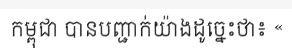
កម្ពុជា បានបញ្ជាក់យ៉ាងដូច្នេះថា៖ «